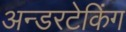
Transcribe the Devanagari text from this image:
अन्डरटेकिंग